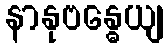
နာနုဗန္ဓေယျ